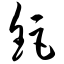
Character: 钜